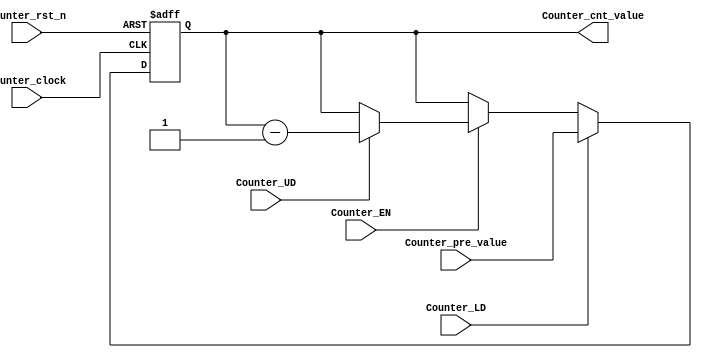
module Counter (
Counter_clock,
Counter_rst_n,
Counter_LD,
Counter_EN,
Counter_UD,
Counter_pre_value,
Counter_cnt_value
);

input Counter_clock;
input Counter_rst_n;
input Counter_LD;
input Counter_EN;
input Counter_UD;
input [2:0] Counter_pre_value;

output [2:0] Counter_cnt_value;

reg [2:0] Counter_cnt_value;

always @ (posedge Counter_clock , negedge Counter_rst_n)
begin
   if(!Counter_rst_n) 
		begin
			Counter_cnt_value <= 3'b000;
		end
	else if(Counter_LD)        //1  
		begin
			Counter_cnt_value <= Counter_pre_value;
		end
	else if(Counter_EN)
		begin
			if(Counter_UD)			//1  open
				begin
					Counter_cnt_value <= Counter_cnt_value - 3'b001;
				end
			else 
				begin
					Counter_cnt_value <= Counter_cnt_value ;
				end
		end
	else
		begin
			Counter_cnt_value <= Counter_cnt_value;
		end
end
endmodule